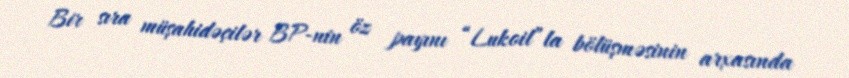
Bir sıra müşahidəçilər BP-nin öz payını “Lukoil”la bölüşməsinin arxasında